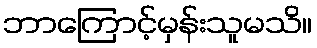
ဘာကြောင့်မှန်းသူမသိ။